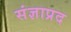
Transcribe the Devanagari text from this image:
संज्ञाप्रद